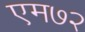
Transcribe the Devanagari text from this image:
एम७२